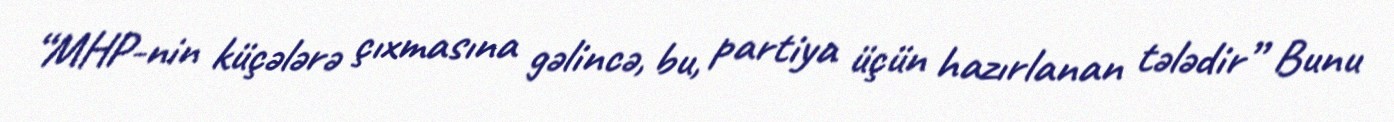
“MHP-nin küçələrə çıxmasına gəlincə, bu, partiya üçün hazırlanan tələdir” Bunu